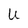
Character: U